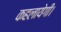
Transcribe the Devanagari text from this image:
कहलायेगी।